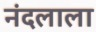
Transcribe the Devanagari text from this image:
नंदलाला